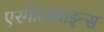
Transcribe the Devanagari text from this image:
एरगोटामाइन्स